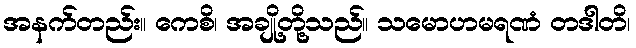
အနက်တည်း။ ကေစိ၊ အချို့တို့သည်။ သမောဟမရဏံ တဒါတိ၊